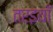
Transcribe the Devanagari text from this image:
तरइयाँ